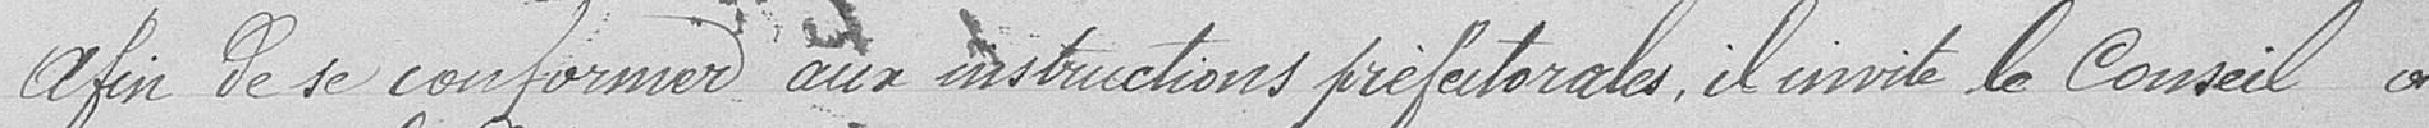
Afin de se conformer aux instructions préfectorales, il invite le Conseil à